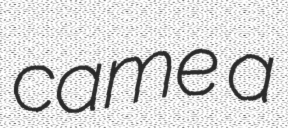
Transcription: came a